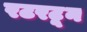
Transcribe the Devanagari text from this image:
रटरटून